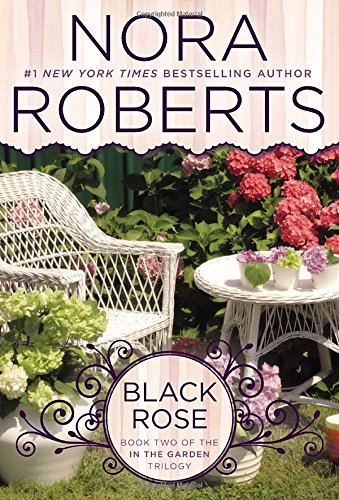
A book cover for Black Rose: In the Garden Trilogy; Nora Roberts; Romance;